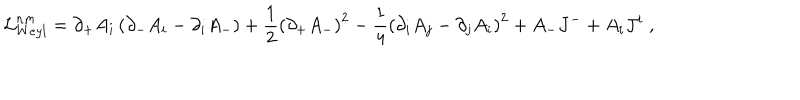
LaTeX: { \cal L } _ { W e y l } ^ { n m } = \partial _ { + } { A } _ { i } \left( \partial _ { - } { A } _ { i } - \partial _ { i } A _ { - } \right) + \frac 1 2 \left( \partial _ { + } { A } _ { - } \right) ^ { 2 } - \frac 1 4 \left( \partial _ { i } { A } _ { j } - \partial _ { j } { A } _ { i } \right) ^ { 2 } + { A } _ { - } { J } ^ { - } + { A } _ { i } { J } ^ { i } \; ,